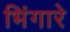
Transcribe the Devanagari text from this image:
भिंगारे